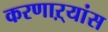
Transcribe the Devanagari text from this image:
करणाऱ्यांस